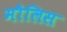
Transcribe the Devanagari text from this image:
मौलिस